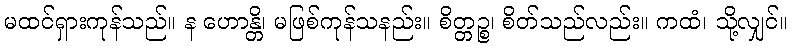
မထင်ရှားကုန်သည်။ န ဟောန္တိ၊ မဖြစ်ကုန်သနည်း။ စိတ္တဉ္စ၊ စိတ်သည်လည်း။ ကထံ၊ သို့လျှင်။